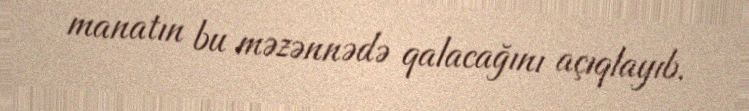
manatın bu məzənnədə qalacağını açıqlayıb.